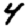
Digit: 4